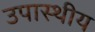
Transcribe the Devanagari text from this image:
उपास्थीय